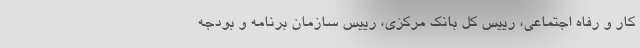
کار و رفاه اجتماعی، رییس کل بانک مرکزی، رییس سازمان برنامه و بودجه